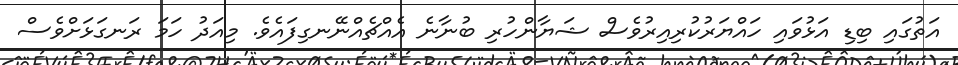
އަތުގައި ބިޑި އަޅުވައި ހައްޔަރުކުރިއިރުވެސް ޝަޔާންހުރި ބުނާނެ އެއްޗެއްނޭނގިފައެވެ. މިއަދު ހަމަ ރަނގަޅަށްވެސް